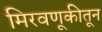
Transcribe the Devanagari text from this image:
मिरवणूकीतून